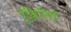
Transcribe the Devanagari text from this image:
पुञ्जिपतियों